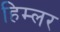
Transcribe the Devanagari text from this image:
हिम्लर